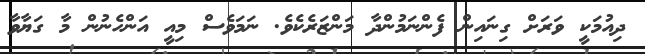
ދިއުމަކީ ވަރަށް ގިނައިން ފެންނަމުންދާ މަންޒަރެކެވެ. ނަމަވެސް މިއީ އަންހެނުން މާ ގަޔާވާ